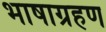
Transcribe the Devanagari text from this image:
भाषाग्रहण